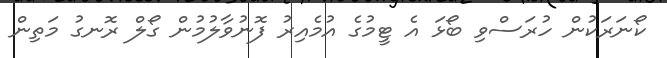
ކޯނަރަކުން ހުރަސްވި ބޯޅަ އެ ޓީމުގެ އުމެއިރު ފޮނުވާލުމުން ގޯލް ރޮނގު މަތިން